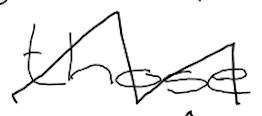
Text: those
Cross-out: zig-zag
Writing tool: digital_black